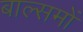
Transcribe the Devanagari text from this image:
बाल्समों